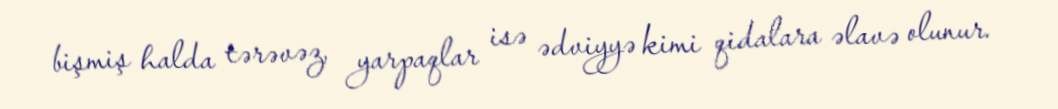
bişmiş halda tərəvəz, yarpaqlar isə ədviyyə kimi qidalara əlavə olunur.